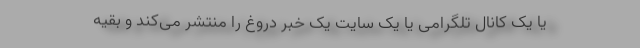
یا یک کانال تلگرامی یا یک سایت یک خبر دروغ را منتشر می‌کند و بقیه